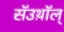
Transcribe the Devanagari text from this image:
सॅउथ़ॉल्